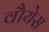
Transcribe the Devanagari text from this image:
वौयेस